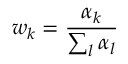
w _ { k } = \frac { \alpha _ { k } } { \sum _ { l } \alpha _ { l } }